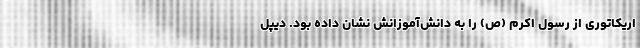
اریکاتوری از رسول اکرم (ص) را به دانش‌آموزانش نشان داده بود. دیپل